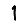
Digit: 1